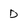
Character: d